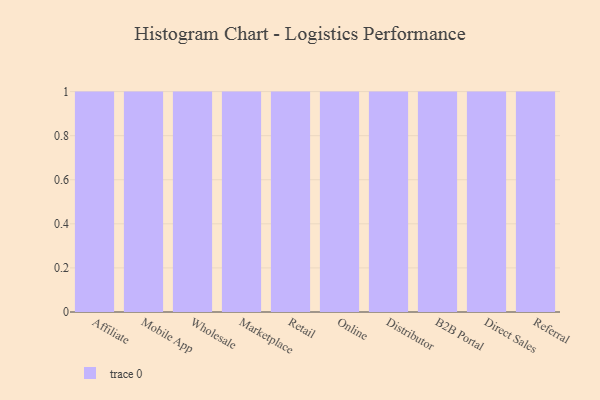
{"axis": {"x": "Channel", "y": "Market Share (%)"}, "legend": [""], "data": [{"x": "Affiliate", "y": 73, "type": ""}, {"x": "Mobile App", "y": 14, "type": ""}, {"x": "Wholesale", "y": 27, "type": ""}, {"x": "Marketplace", "y": 73, "type": ""}, {"x": "Retail", "y": 53, "type": ""}, {"x": "Online", "y": 89, "type": ""}, {"x": "Distributor", "y": 68, "type": ""}, {"x": "B2B Portal", "y": 29, "type": ""}, {"x": "Direct Sales", "y": 17, "type": ""}, {"x": "Referral", "y": 60, "type": ""}]}